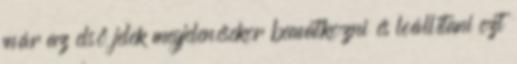
már az első jelek megjelenésekor beavatkozni és leállítani ezt